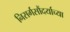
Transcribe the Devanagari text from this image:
निसर्गसौंदर्याच्या